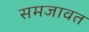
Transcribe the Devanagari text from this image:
समजावत